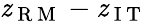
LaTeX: \mathit{z}_{\mathrm{{~R~M~}}}-\mathit{z}_{\mathrm{{~I~T~}}}